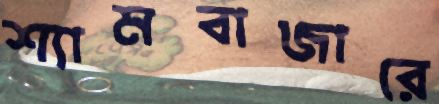
শ্যামবাজারে